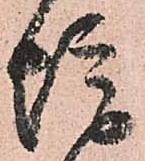
惶